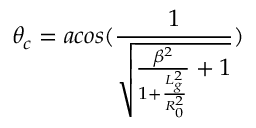
\theta _ { c } = a c o s ( \frac { 1 } { \sqrt { \frac { \beta ^ { 2 } } { 1 + \frac { L _ { g } ^ { 2 } } { R _ { 0 } ^ { 2 } } } + 1 } } )